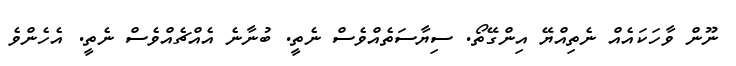
ނޫން ވާހަކައެއް ނެތިއްޔޭ އިންގޭތޯ. ސިޔާސަތެއްވެސް ނެތީ. ބުނާނެ އެއްޗެއްވެސް ނެތީ. އެހެންވެ